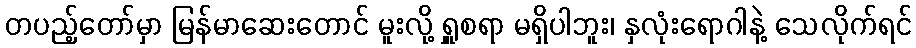
တပည့်တော်မှာ မြန်မာဆေးတောင် မူးလို့ ရှူစရာ မရှိပါဘူး၊ နှလုံးရောဂါနဲ့ သေလိုက်ရင်